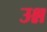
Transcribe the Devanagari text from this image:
उश्न